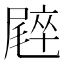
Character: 𡳝